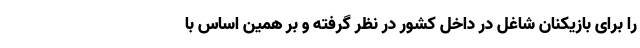
را برای بازیکنان شاغل در داخل کشور در نظر گرفته و بر همین اساس با